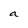
Character: a